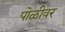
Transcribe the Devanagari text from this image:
पोळीवर